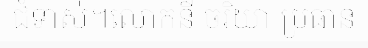
ជំទាស់។លោកនី ចរិយា ប្រធាន